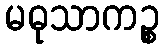
မဓုသာကဉ္စ